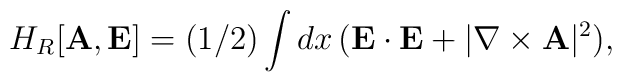
H_R[{\bf A},{\bf E}] = (1/2)\int dx\, ({\bf E}\cdot{\bf E} +|\nabla\times{\bf A}|^2) ,